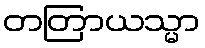
တတြာယသ္မာ